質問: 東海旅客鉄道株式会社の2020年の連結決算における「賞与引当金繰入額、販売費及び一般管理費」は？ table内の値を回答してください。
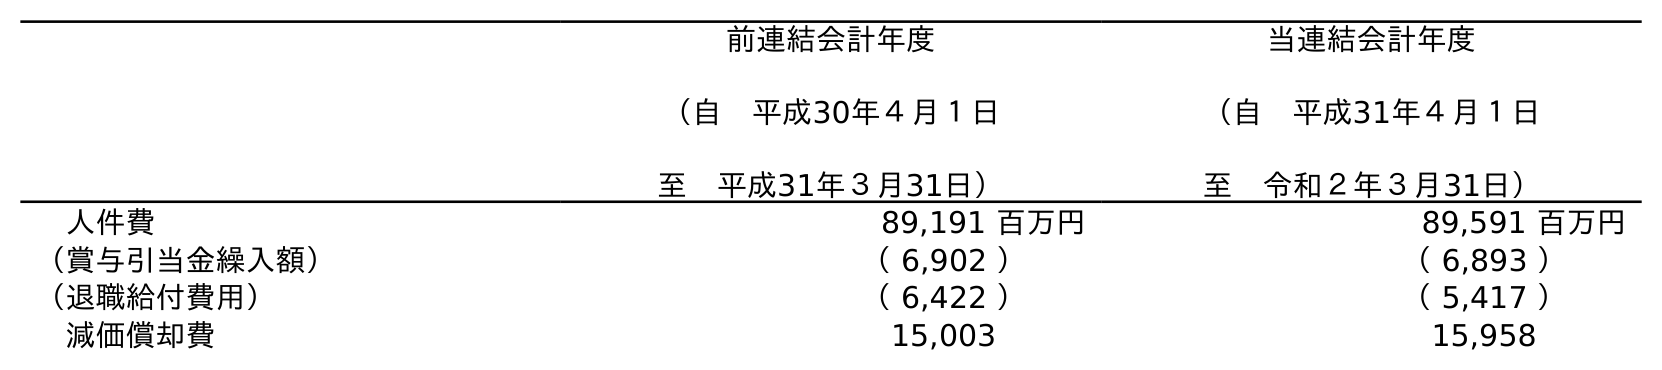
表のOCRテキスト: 前連結会計年度 （自 平成30年４月１日 至 平成31年３月31日） 当連結会計年度 （自 平成31年４月１日 至 令和２年３月31日） 人件費 89,191 百万円 89,591 百万円 （賞与引当金繰入額） （ 6,902 ） （ 6,893 ） （退職給付費用） （ 6,422 ） （ 5,417 ） 減価償却費 15,003 15,958
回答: （6,893）